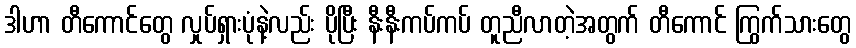
ဒါဟာ တီကောင်တွေ လှုပ်ရှားပုံနဲ့လည်း ပိုပြီး နီးနီးကပ်ကပ် တူညီလာတဲ့အတွက် တီကောင် ကြွက်သားတွေ